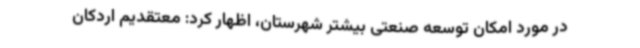
در مورد امکان توسعه صنعتی بیشتر شهرستان، اظهار کرد: معتقدیم اردکان